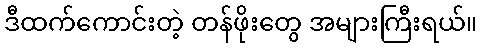
ဒီထက်ကောင်းတဲ့ တန်ဖိုးတွေ အများကြီးရယ်။